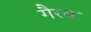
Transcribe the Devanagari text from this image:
गैरव